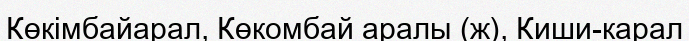
Көкімбайарал, Көкомбай аралы (ж), Киши-карал